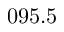
0 9 5 . 5